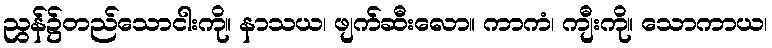
ညွန်၌တည်သောငါးကို။ နာသယ၊ ဖျက်ဆီးလော။ ကာကံ၊ ကျီးကို။ သောကာယ၊